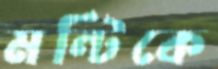
মন্টিকে